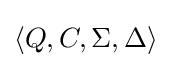
\langle Q,C,\Sigma ,\Delta \rangle